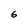
Character: 6